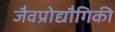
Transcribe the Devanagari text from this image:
जैवप्रोद्यौगिकी